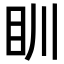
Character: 𥃹